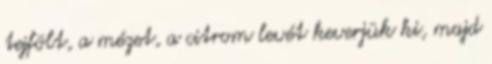
tejfölt, a mézet, a citrom levét keverjük ki, majd